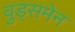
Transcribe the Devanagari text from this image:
वुड्समेन